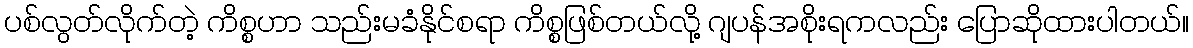
ပစ်လွတ်လိုက်တဲ့ ကိစ္စဟာ သည်းမခံနိုင်စရာ ကိစ္စဖြစ်တယ်လို့ ဂျပန်အစိုးရကလည်း ပြောဆိုထားပါတယ်။